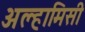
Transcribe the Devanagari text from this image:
अल्हामिसी